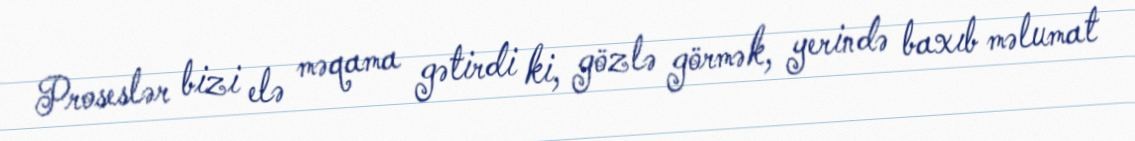
Proseslər bizi elə məqama gətirdi ki, gözlə görmək, yerində baxıb məlumat